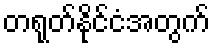
တရုတ်နိုင်ငံအတွက်